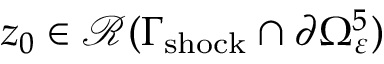
z _ { 0 } \in \mathcal { R } ( \Gamma _ { \mathrm { s h o c k } } \cap \partial \Omega _ { \varepsilon } ^ { 5 } )